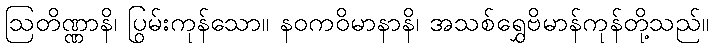
ဩတိဏ္ဏာနိ၊ ပြွမ်းကုန်သော။ နဝကဝိမာနာနိ၊ အသစ်ရွှေဗိမာန်ကုန်တို့သည်။